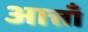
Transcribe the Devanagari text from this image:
आत्ताँ